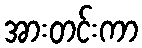
အားတင်းကာ